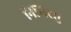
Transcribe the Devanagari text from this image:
निंगिरसु